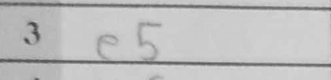
Transcription: e5